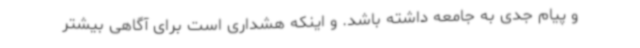
و پیام جدی به جامعه داشته باشد. و اینکه هشداری است برای آگاهی بیشتر